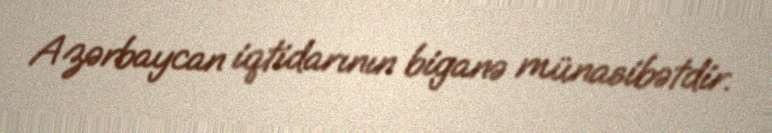
Azərbaycan iqtidarının biganə münasibətdir.